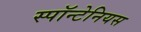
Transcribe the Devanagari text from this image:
स्पॉन्टेनियस